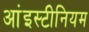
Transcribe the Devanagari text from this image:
आंइस्टीनियम